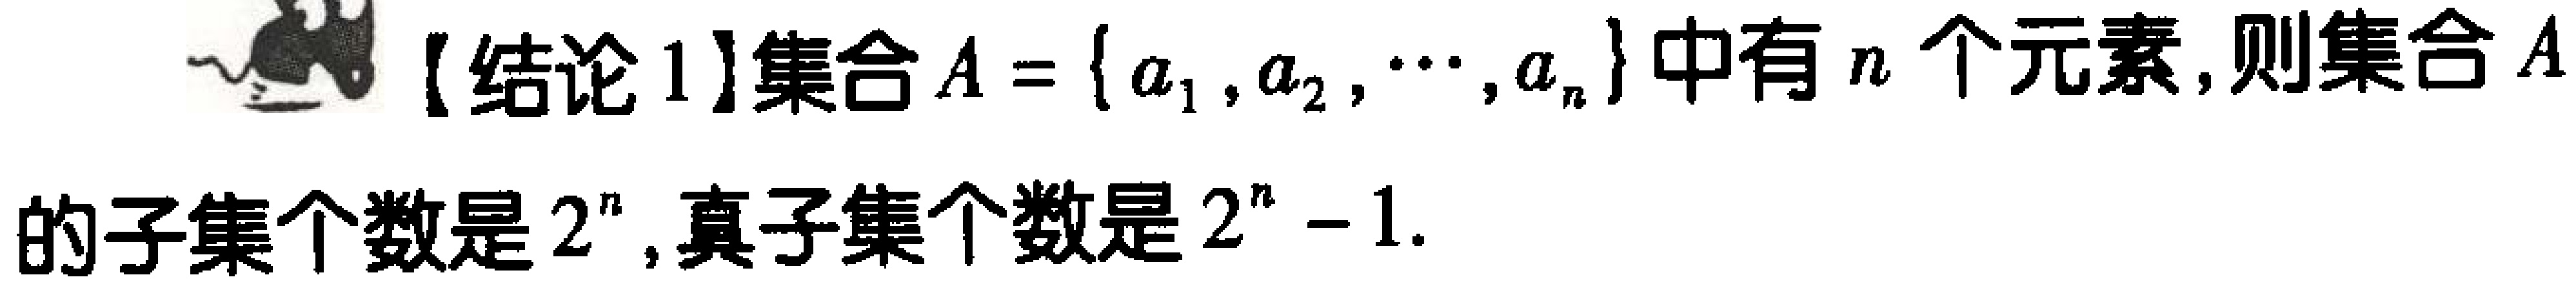
【结论 1】集合\(A = \{a_{1}, a_{2}, \cdots, a_{n}\}\)中有\(n\)个元素，则集合\(A\)的子集个数是\(2^{n}\)，真子集个数是\(2^{n} - 1\).